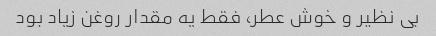
بی نظیر و خوش عطر، فقط یه مقدار روغن زیاد بود